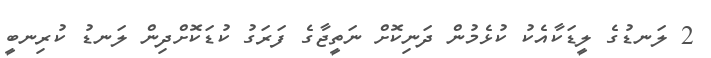
2 ލަނޑުގެ ލީޑަކާއެކު ކުޅެމުން ދަނިކޮށް ނަތީޖާގެ ފަރަގު ކުޑަކޮށްދިން ލަނޑު ކުރިނބީ